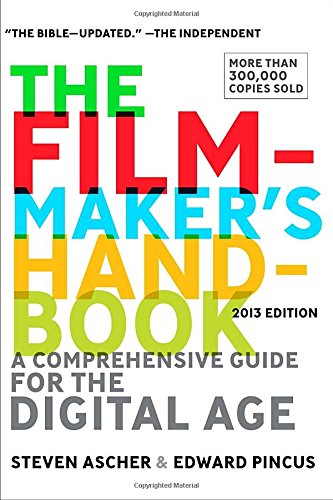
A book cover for The Filmmaker's Handbook: A Comprehensive Guide for the Digital Age: 2013 Edition; Steven Ascher; Humor & Entertainment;